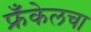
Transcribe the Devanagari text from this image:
फ्रँकेलचा